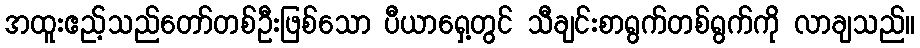
အထူးဧည့်သည်တော်တစ်ဦးဖြစ်သော ပီယာရှေ့တွင် သီချင်းစာရွက်တစ်ရွက်ကို လာချသည်။